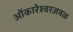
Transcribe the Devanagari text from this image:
ओंकारेश्वरजवळ